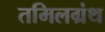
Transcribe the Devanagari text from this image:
तमिलग्रंथ